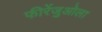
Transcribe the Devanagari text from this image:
फीरेंजुओला